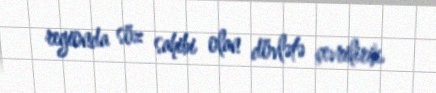
regionda söz sahibi olan dövlətə çevrilirik.